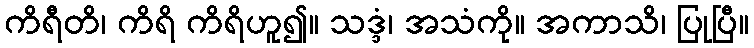
ကိရီတိ၊ ကိရိ ကိရိဟူ၍။ သဒ္ဒံ၊ အသံကို။ အကာသိ၊ ပြုပြီ။